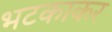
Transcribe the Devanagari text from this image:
भटकाकर